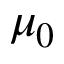
\mu _ { 0 }